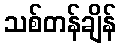
သစ်တန်ချိန်